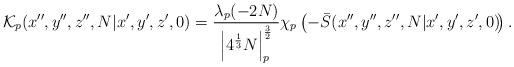
LaTeX: \begin{align*}\!{\cal K}_p(x'',y'',z'',N|x',y',z',0)=\frac{\lambda_p(-2N)}{\left|4^{\frac 1 3}N\right|_p^{\frac 3 2}}\chi_p\left(-\bar S(x'',y'',z'',N|x',y',z',0)\!\right).\end{align*}